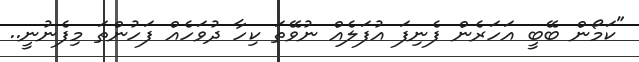
"ކަމޯން ބޭބީ އަހަރެން ފެނިފަ އުފަލެއް ނުވޭތަ ކިހާ ދުވަހެއް ފަހުންތަ މިފެނުނީ..